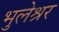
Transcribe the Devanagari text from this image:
भुलेश्रर